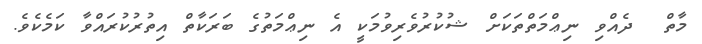
މާތް  ދެއްވި ނިޢްމަތްތަކަށް ޝުކުރުވެރިވުމަކީ އެ ނިޢްމަތުގެ ބަރަކާތް އިތުރުކުރައްވާ ކަމެކެވެ.